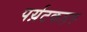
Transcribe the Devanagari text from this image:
पर्य़टकहरु